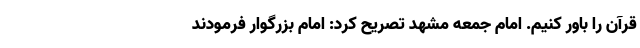
قرآن را باور کنیم. امام جمعه مشهد تصریح کرد: امام بزرگوار فرمودند